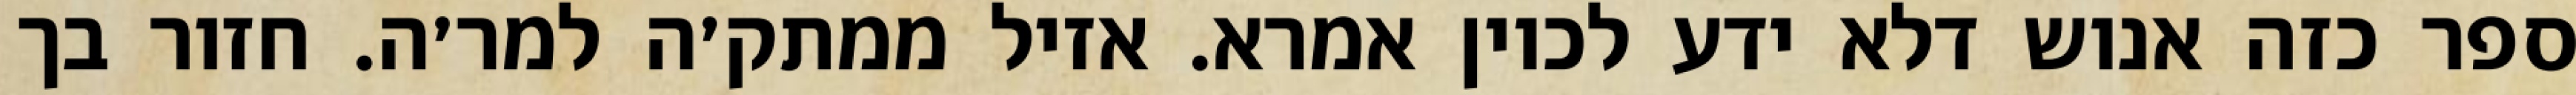
ספר כזה אנוש דלא ידע לכוין אמרא. אזיל ממתק׳ה למר׳ה. חזור בך